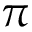
\pi